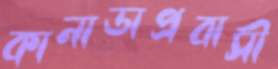
কানাডাপ্রবাসী